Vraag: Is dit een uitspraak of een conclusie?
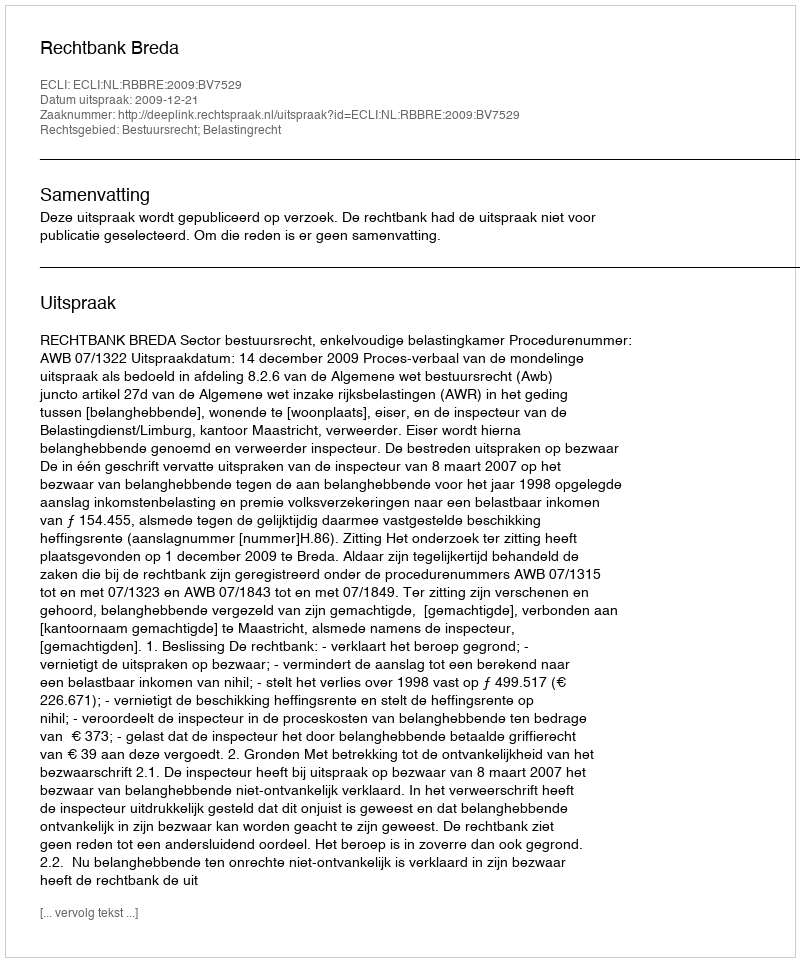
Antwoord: Uitspraak